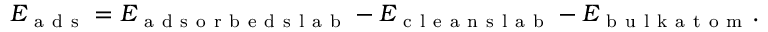
\begin{array} { r } { E _ { \mathrm { ~ a ~ d ~ s ~ } } = E _ { \mathrm { ~ a ~ d ~ s ~ o ~ r ~ b ~ e ~ d ~ s ~ l ~ a ~ b ~ } } - E _ { \mathrm { ~ c ~ l ~ e ~ a ~ n ~ s ~ l ~ a ~ b ~ } } - E _ { \mathrm { ~ b ~ u ~ l ~ k ~ a ~ t ~ o ~ m ~ } } . } \end{array}